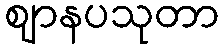
ဈာနပသုတာ